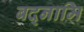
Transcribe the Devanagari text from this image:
बद्नामि